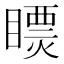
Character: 𥋄